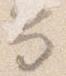
笏